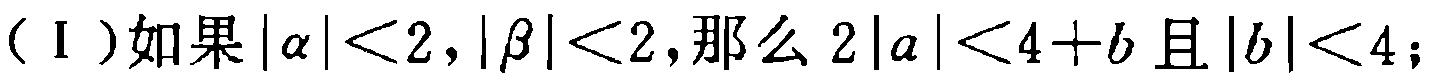
（Ⅰ）如果\(|\alpha|<2,|\beta|<2\)，那么\(2|a|<4 + b\)且\(|b|<4\)；